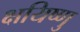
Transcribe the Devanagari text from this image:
क्षयिष्णु